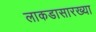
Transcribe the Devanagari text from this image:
लाकडासारख्या